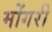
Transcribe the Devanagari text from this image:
मोंगरी